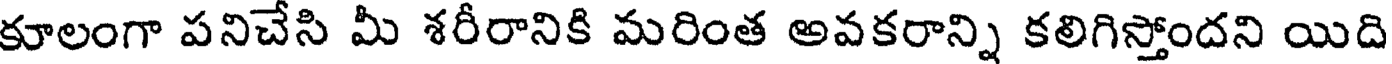
కూలంగా పనిచేసి మీ శరీరానికి మరింత అవకరాన్ని కలిగిస్తోందని యిది